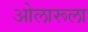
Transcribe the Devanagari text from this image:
ओलारूला